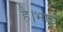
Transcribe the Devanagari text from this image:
है।भाई